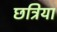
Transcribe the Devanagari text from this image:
छत्रिया